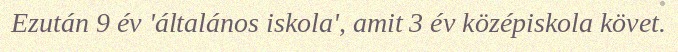
Ezután 9 év 'általános iskola', amit 3 év középiskola követ.